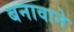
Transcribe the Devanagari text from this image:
बनावाने